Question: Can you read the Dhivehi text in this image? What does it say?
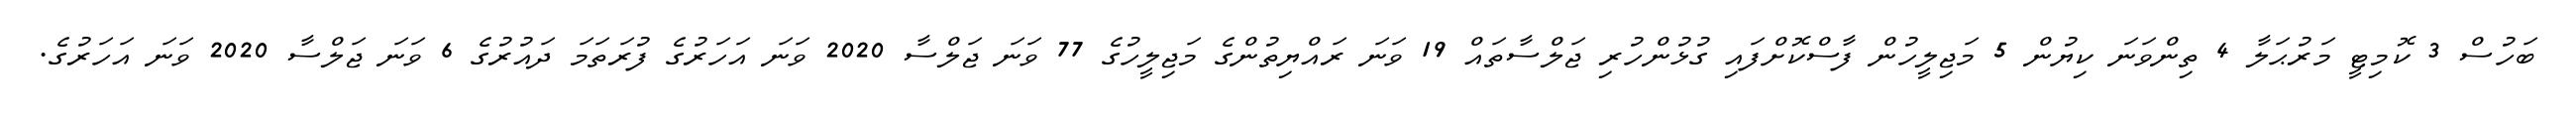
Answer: ބަހުސް 3 ކޮމިޓީ މަރުޙަލާ 4 ތިންވަނަ ކިޔުން 5 މަޖިލީހުން ފާސްކޮށްފައި ގުޅުންހުރި ޖަލްސާތައް 19 ވަނަ ރައްޔިތުންގެ މަޖިލީހުގެ 77 ވަނަ ޖަލްސާ 2020 ވަނަ އަހަރުގެ ފުރަތަމަ ދައުރުގެ 6 ވަނަ ޖަލްސާ 2020 ވަނަ އަހަރުގެ.